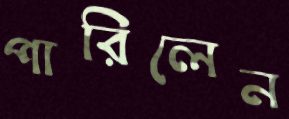
পারিলেন